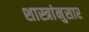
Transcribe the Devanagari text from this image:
शास्त्रांनुसार